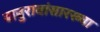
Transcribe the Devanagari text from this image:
बाबुरावांसारख्या